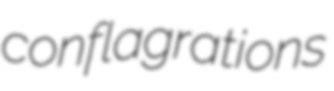
conflagrations